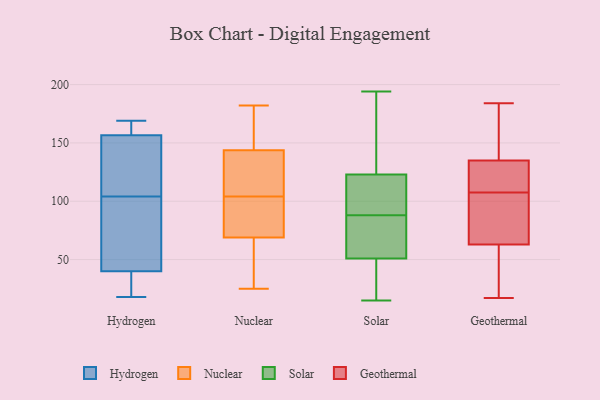
{"axis": {"x": "LTV (USD)", "y": "Value"}, "legend": ["Geothermal", "Hydrogen", "Nuclear", "Solar"], "data": [{"x": "", "y": 169, "type": "Hydrogen"}, {"x": "", "y": 40, "type": "Hydrogen"}, {"x": "", "y": 69, "type": "Hydrogen"}, {"x": "", "y": 51, "type": "Hydrogen"}, {"x": "", "y": 168, "type": "Hydrogen"}, {"x": "", "y": 40, "type": "Hydrogen"}, {"x": "", "y": 39, "type": "Hydrogen"}, {"x": "", "y": 158, "type": "Hydrogen"}, {"x": "", "y": 111, "type": "Hydrogen"}, {"x": "", "y": 18, "type": "Hydrogen"}, {"x": "", "y": 156, "type": "Hydrogen"}, {"x": "", "y": 115, "type": "Hydrogen"}, {"x": "", "y": 104, "type": "Hydrogen"}, {"x": "", "y": 130, "type": "Nuclear"}, {"x": "", "y": 78, "type": "Nuclear"}, {"x": "", "y": 94, "type": "Nuclear"}, {"x": "", "y": 88, "type": "Nuclear"}, {"x": "", "y": 34, "type": "Nuclear"}, {"x": "", "y": 182, "type": "Nuclear"}, {"x": "", "y": 146, "type": "Nuclear"}, {"x": "", "y": 124, "type": "Nuclear"}, {"x": "", "y": 104, "type": "Nuclear"}, {"x": "", "y": 170, "type": "Nuclear"}, {"x": "", "y": 137, "type": "Nuclear"}, {"x": "", "y": 25, "type": "Nuclear"}, {"x": "", "y": 66, "type": "Nuclear"}, {"x": "", "y": 149, "type": "Nuclear"}, {"x": "", "y": 60, "type": "Nuclear"}, {"x": "", "y": 27, "type": "Solar"}, {"x": "", "y": 99, "type": "Solar"}, {"x": "", "y": 96, "type": "Solar"}, {"x": "", "y": 46, "type": "Solar"}, {"x": "", "y": 144, "type": "Solar"}, {"x": "", "y": 66, "type": "Solar"}, {"x": "", "y": 57, "type": "Solar"}, {"x": "", "y": 115, "type": "Solar"}, {"x": "", "y": 88, "type": "Solar"}, {"x": "", "y": 131, "type": "Solar"}, {"x": "", "y": 81, "type": "Solar"}, {"x": "", "y": 56, "type": "Solar"}, {"x": "", "y": 33, "type": "Solar"}, {"x": "", "y": 88, "type": "Solar"}, {"x": "", "y": 186, "type": "Solar"}, {"x": "", "y": 142, "type": "Solar"}, {"x": "", "y": 108, "type": "Solar"}, {"x": "", "y": 15, "type": "Solar"}, {"x": "", "y": 194, "type": "Solar"}, {"x": "", "y": 16, "type": "Solar"}, {"x": "", "y": 114, "type": "Geothermal"}, {"x": "", "y": 135, "type": "Geothermal"}, {"x": "", "y": 25, "type": "Geothermal"}, {"x": "", "y": 17, "type": "Geothermal"}, {"x": "", "y": 176, "type": "Geothermal"}, {"x": "", "y": 95, "type": "Geothermal"}, {"x": "", "y": 184, "type": "Geothermal"}, {"x": "", "y": 101, "type": "Geothermal"}, {"x": "", "y": 115, "type": "Geothermal"}, {"x": "", "y": 63, "type": "Geothermal"}]}